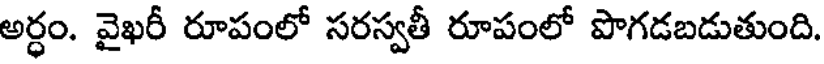
అర్ధం. వైఖరీ రూపంలో సరస్వతీ రూపంలో పొగడబడుతుంది.